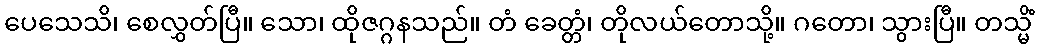
ပေသေသိ၊ စေလွှတ်ပြီ။ သော၊ ထိုဇဂ္ဂနသည်။ တံ ခေတ္တံ၊ တိုလယ်တောသို့။ ဂတော၊ သွားပြီ။ တသ္မိံ